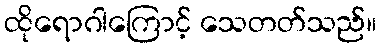
ထိုရောဂါကြောင့် သေတတ်သည်။